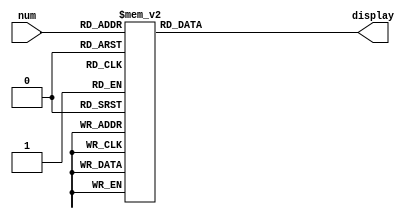
/* ***************************************************************\
| Name of program : hex7seg
| Author : Charles Heckel
| Date Created : 5/31/2018
| Date last updated : 6/12/2018
| Function : interpretes input signal as a hexadecimal number to
|		display
| Method : recieves 4bit input via main function, then sends power
|		to respective segments from a SSD
| Inputs : num		- 4bit binary signal
| Output : display- single seven-segment-display
| Additional Comments : (Extras)
\*****************************************************************/

module hex7seg(num, display);
  input [3:0] num;
  output reg [0:6] display;
  // Additional variables
  
  
  // Implementation
  // SSD uses negative logic (0 means power)
  always@(num)
  begin
    display = 7'b1111111; // all lights off
    // in the case of each number, 0-C ...
	// ... light up each segment
    case(num)
      4'b0000: display = 7'b0000001;	// 0
      4'b0001: display = 7'b1001111;	// 1
      4'b0010: display = 7'b0010010;	// 2
      4'b0011: display = 7'b0000110;	// 3
      4'b0100: display = 7'b1001100;	// 4
      4'b0101: display = 7'b0100100;	// 5
      4'b0110: display = 7'b0100000;	// 6
      4'b0111: display = 7'b0001111;	// 7
      4'b1000: display = 7'b0000000;	// 8
      4'b1001: display = 7'b0001100;	// 9
      4'b1010: display = 7'b0001000;	// A
      4'b1011: display = 7'b1100000;	// B
      4'b1100: display = 7'b0110001;	// C
      4'b1101: display = 7'b1000010;	// D
      4'b1110: display = 7'b0110000;	// E
      4'b1111: display = 7'b0111000;	// F
      default: display = 7'bxxxxxxx;
    endcase
  end // always

endmodule